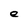
Character: e